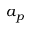
a _ { p }